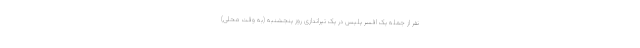
نفر از جمله یک افسر پلیس در یک تیراندازی روز پنجشنبه (به وقت محلی)